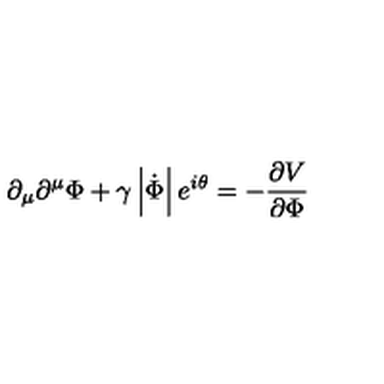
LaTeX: \partial _ { \mu } \partial ^ { \mu } \Phi + \gamma \left| \dot { \Phi } \right| e ^ { i \theta } = - \frac { \partial V } { \partial \Phi }